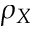
\rho _ { X }